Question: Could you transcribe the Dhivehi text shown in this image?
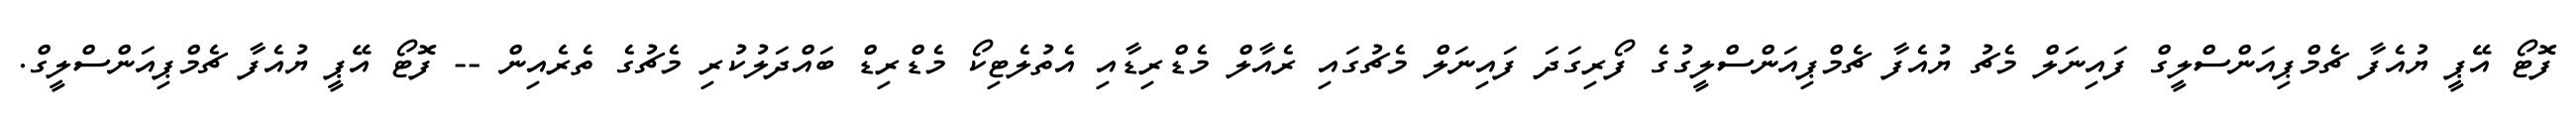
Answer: ފޮޓޯ އޭޕީ ޔުއެފާ ޗެމްޕިއަންސްލީގް ފައިނަލް މެޗު ޔުއެފާ ޗެމްޕިއަންސްލީގުގެ ފޯރިގަދަ ފައިނަލް މެޗުގައި ރެއާލް މެޑްރިޑާއި އެތުލެޓިކޯ މެޑްރިޑް ބައްދަލުކުރި މެޗުގެ ތެރެއިން -- ފޮޓޯ އޭޕީ ޔުއެފާ ޗެމްޕިއަންސްލީގް.